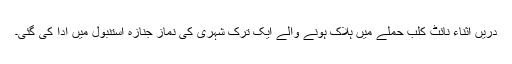
دریں اثناء نائٹ کلب حملے میں ہلاک ہونے والے ایک ترک شہری کی نماز جنازہ استنبول میں ادا کی گئی۔